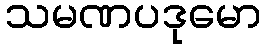
သမဏပဒုမော